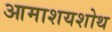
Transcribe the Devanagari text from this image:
आमाशयशोथ